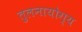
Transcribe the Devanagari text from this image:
तुलनायोग्य